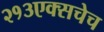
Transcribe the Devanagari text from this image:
२१३एक्सचेच